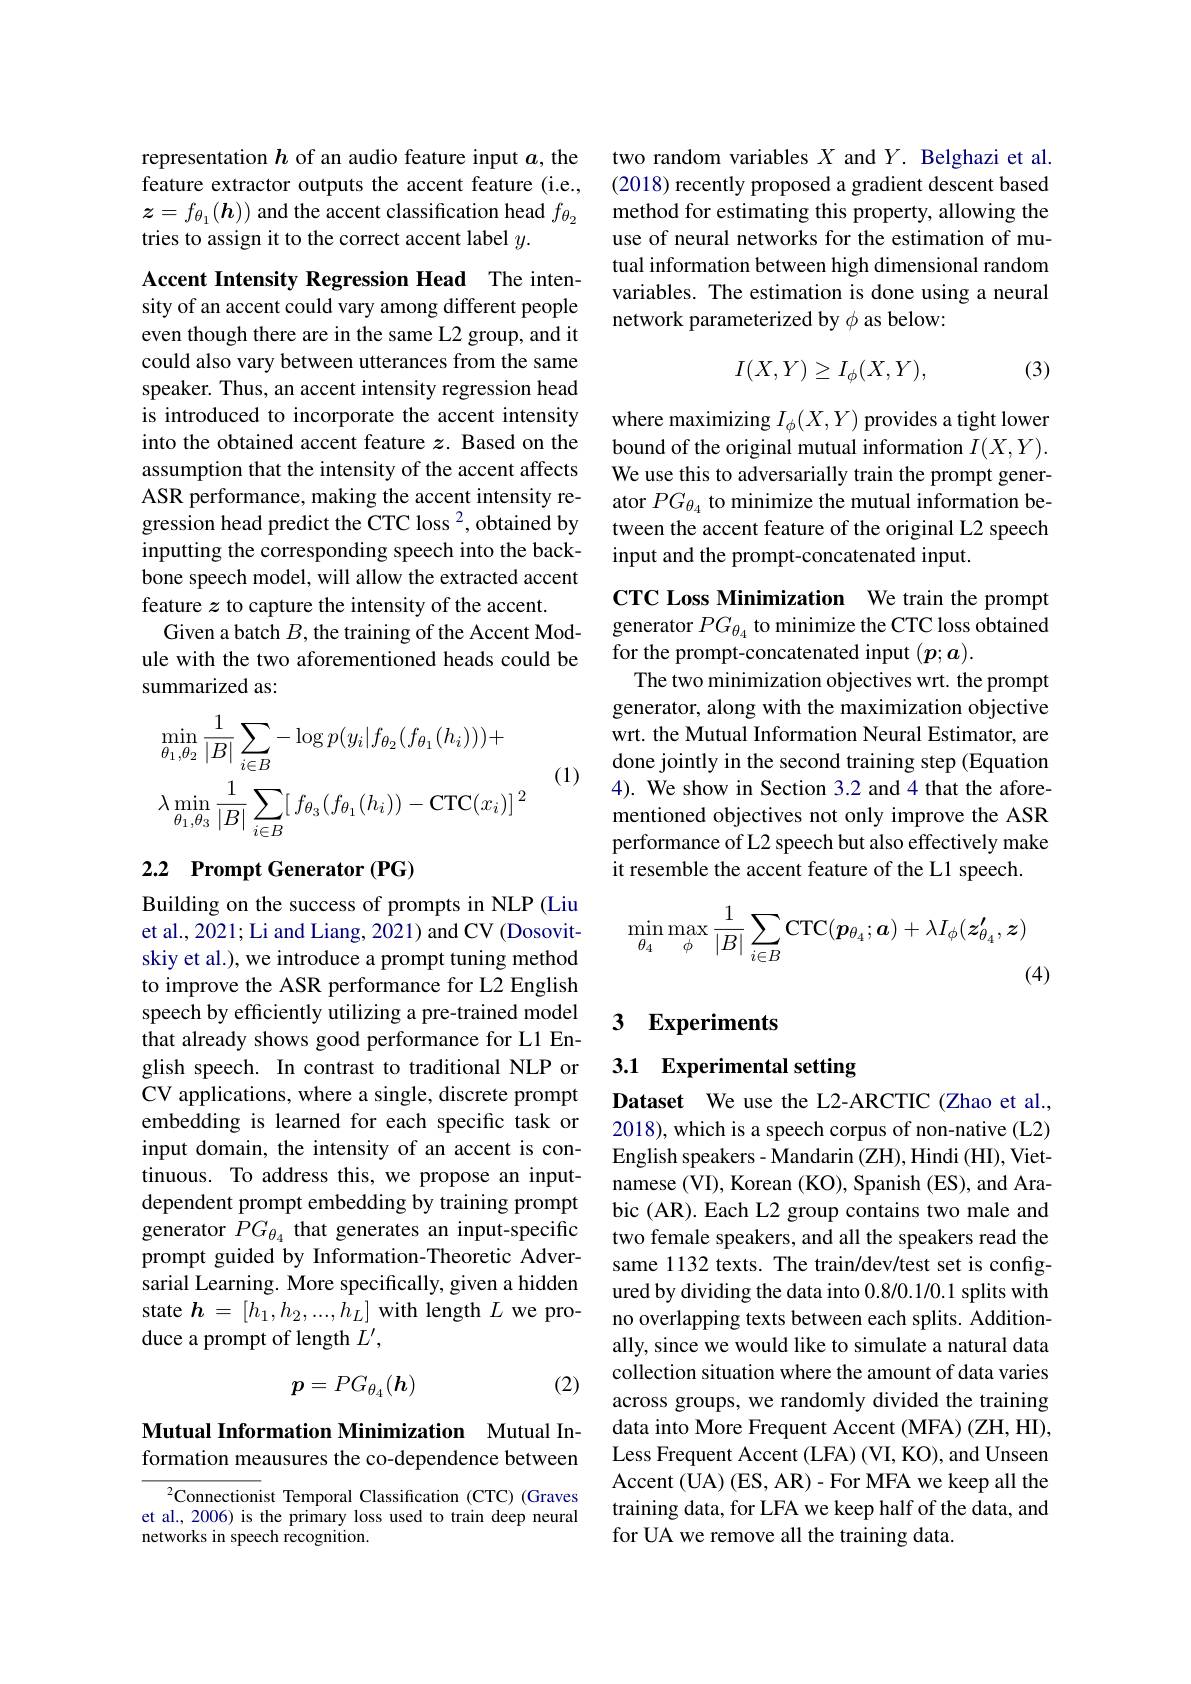
representation $h$ of an audio feature input $a$, the feature extractor outputs the accent feature (i.e., $z=f_{\theta_1}(\boldsymbol{h}))$ and the accent classification head $f_{\theta_2}$ tries to assign it to the correct accent label $y.$

Accent Intensity Regression Head The intensity of an accent could vary among different people even though there are in the same L2 group, and it could also vary between utterances from the same speaker. Thus, an accent intensity regression head is introduced to incorporate the accent intensity into the obtained accent feature $z$. Based on the assumption that the intensity of the accent affects ASR performance, making the accent intensity regression head predict the CTC loss 2, obtained by inputting the corresponding speech into the backbone speech model, will allow the extracted accent feature $z$ to capture the intensity of the accent.
Given a batch $B$, the training of the Accent Module with the two aforementioned heads could be summarized as:

(1)
$$\begin{aligned}&\min_{\theta_{1},\theta_{2}}\frac{1}{|B|}\sum_{i\in B}-\log p(y_{i}|f_{\theta_{2}}(f_{\theta_{1}}(h_{i})))+\\&\lambda\operatorname*{min}_{\theta_{1},\theta_{3}}\frac{1}{|B|}\sum_{i\in B}[\:f_{\theta_{3}}(f_{\theta_{1}}(h_{i}))-\mathrm{CTC}(x_{i})]^{2}\end{aligned}$$
## 2.2 Prompt Generator (PG)

Building on the success of prompts in NLP (Liu et al., 2021; Li and Liang, 2021) and CV (Dosovitskiy et al.), we introduce a prompt tuning method to improve the ASR performance for L2 English speech by efficiently utilizing a pre-trained model that already shows good performance for L1 English speech. In contrast to traditional NLP or CV applications, where a single, discrete prompt embedding is learned for each specific task or input domain, the intensity of an accent is continuous. To address this, we propose an inputdependent prompt embedding by training prompt generator $PG_{\theta_4}$ that generates an input-specific prompt guided by Information-Theoretic Adversarial Learning. More specifically, given a hidden state $h=[h_1,h_2,...,h_L]$ with length $L$ we produce a prompt of length $L^{\prime}$,
$$p=PG_{\theta_4}(\boldsymbol{h})$$
(2)

Mutual Information Minimization Mutual Information meausures the co-dependence between

$^2$Connectionist Temporal Classification (CTC)(Graves et al., 2006) is the primary loss used to train deep neural networks in speech recognition.

two random variables $X$ and $Y.$ Belghazi et al. (2018) recently proposed a gradient descent based method for estimating this property, allowing the use of neural networks for the estimation of mutual information between high dimensional random variables. The estimation is done using a neural network parameterized by $\phi$ as below:

(3)
$$I(X,Y)\geq I_{\phi}(X,Y),$$
where maximizing $I_\phi(X,Y)$ provides a tight lower bound of the original mutual information $I(X,Y).$ We use this to adversarially train the prompt generator $PG_{\theta_4}$ to minimize the mutual information between the accent feature of the original L2 speech input and the prompt-concatenated input.

CTC Loss Minimization We train the prompt generator $PG_{\theta_4}$ to minimize the CTC loss obtained for the prompt-concatenated input $(\boldsymbol p;\boldsymbol a).$
The two minimization objectives wrt. the prompt generator, along with the maximization objective wrt. the Mutual Information Neural Estimator, are done jointly in the second training step (Equation 4). We show in Section 3.2 and 4 that the aforementioned objectives not only improve the ASR performance of L2 speech but also effectively make it resemble the accent feature of the L1 speech.
$$\min\limits_{\theta_4}\max\limits_\phi\frac{1}{|B|}\sum\limits_{i\in B}\text{CTC}(\boldsymbol{p}_{\theta_4};\boldsymbol{a})+\lambda I_\phi(\boldsymbol{z}_{\theta_4}',\boldsymbol{z})$$
(4)

### 3 Experiments

## 3.1 Experimental setting

Dataset We use the L2-ARCTIC (Zhao et al., 2018), which is a speech corpus of non-native (L2) English speakers - Mandarin (ZH), Hindi (HI), Vietnamese (VI), Korean (KO), Spanish (ES), and Arabic (AR). Each L2 group contains two male and two female speakers, and all the speakers read the same 1132 texts. The train/dev/test set is configured by dividing the data into 0.8/0.1/0.1 splits with no overlapping texts between each splits. Additionally, since we would like to simulate a natural data collection situation where the amount of data varies across groups, we randomly divided the training data into More Frequent Accent (MFA) (ZH, HI), Less Frequent Accent (LFA) (VI, KO), and Unseen Accent (UA) (ES, AR)- For MFA we keep all the training data, for LFA we keep half of the data, and for UA we remove all the training data.